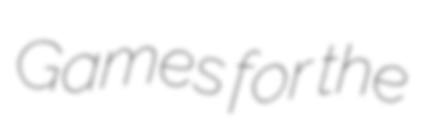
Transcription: Games for the